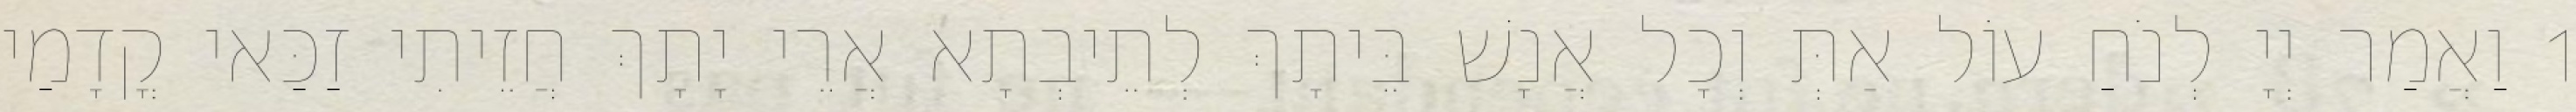
1 וַאֲמַר יְיָ לְנֹחַ עוֹל אַתְּ וְכָל אֲנָשׁ בֵּיתָךְ לְתֵיבְתָא אֲרֵי יָתָךְ חֲזֵיתִי זַכַּאי קֳדָמַי